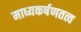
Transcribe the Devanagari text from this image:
माध्यकर्षणतत्व